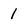
Character: 1